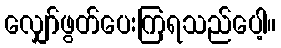
လျှော်ဖွတ်ပေးကြရသည်ပေါ့။